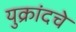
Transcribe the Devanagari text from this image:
युक्रांदचे